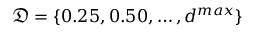
\mathfrak { D } = \{ 0 . 2 5 , 0 . 5 0 , \dots , d ^ { m a x } \}